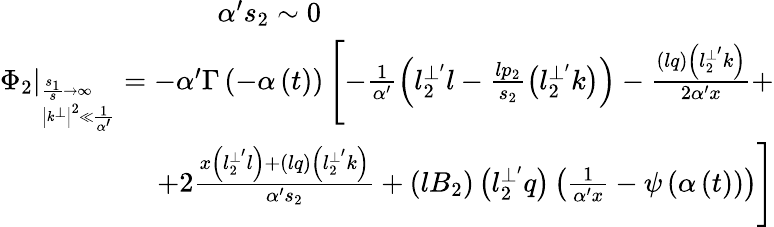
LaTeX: \begin{array}{r}{{\alpha^{\prime}s_{2}\sim 0\qquad\qquad\qquad\qquad\qquad\qquad\qquad\qquad}}\\ {{\left.\Phi_{2}\right|_{_{\left|k^{\bot}\right|^{2}\ll\frac 1{\alpha^{\prime}}}^{\frac{s_{1}}s\rightarrow\infty}}=-\alpha^{\prime}\Gamma\left(-\alpha\left(t\right)\right)\left[-\frac 1{\alpha^{\prime}}\left(l_{2}^{\bot^{\prime}}l-\frac{lp_{2}}{s_{2}}\left(l_{2}^{\bot^{\prime}}k\right)\right)-\frac{\left(lq\right)\left(l_{2}^{\bot^{\prime}}k\right)}{2\alpha^{\prime}x}+\right.}}\\ {{\left.+2\frac{x\left(l_{2}^{\bot^{\prime}}l\right)+\left(lq\right)\left(l_{2}^{\bot^{\prime}}k\right)}{\alpha^{\prime}s_{2}}+\left(lB_{2}\right)\left(l_{2}^{\bot^{\prime}}q\right)\left(\frac 1{\alpha^{\prime}x}-\psi\left(\alpha\left(t\right)\right)\right)\right]}}\end{array}